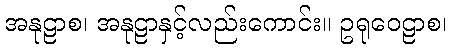
အနုဠာစ၊ အနုဠာနှင့်လည်းကောင်း။ ဥရုဝေဠာစ၊